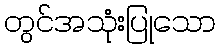
တွင်အသုံးပြုသော